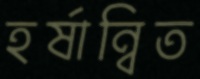
হর্ষান্বিত